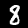
Digit: 8